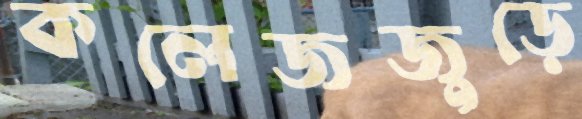
কলেজজুড়ে